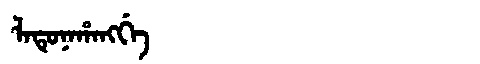
Manchu: ᠯᠠᡨᡠᠨᠠᡥᠠᠩᡤᡝ
Romanization: LATUNAHANGGE